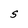
Character: S